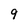
Character: 9